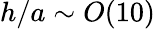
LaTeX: h/a\sim O(10)